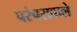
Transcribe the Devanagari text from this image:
परंपरावाले